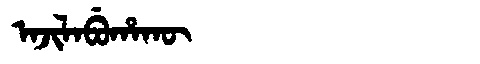
Manchu: ᠠᠵᡳᠯᠠᠪᡠᡥᠠᡴᡡ
Romanization: AJILABUHAKŪ